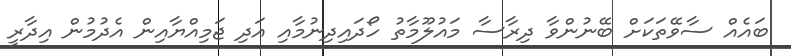
ބައެއް ސާވޭތަކަށް ބޭނުންވާ ދިރާސާ މައުލޫމާތު ހޯދައިދިނުމާއި އަދި ޖަމިއްޔާއިން އެދުމުން އިދާރީ